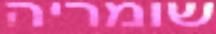
שומריה